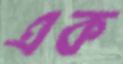
এক